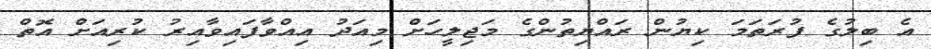
އެ ބިލުގެ ފުރަތަމަ ކިޔުން ރައްޔިތުންގެ މަޖިލީހަށް މިއަދު އިއްވާފައިވާއިރު ކުރިއަށް އޮތް